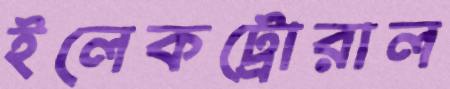
ইলেকট্রোরাল